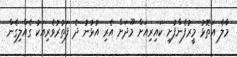
މާލެ އަތޮޅު މީރުފެންފުށި ކައިރިއަށް މޫދަށް އެރި އުޅުނު ދެ ފަތުރުވެރިއަކު ގެއްލިގެން